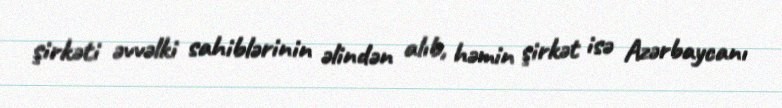
şirkəti əvvəlki sahiblərinin əlindən alıb, həmin şirkət isə Azərbaycanı